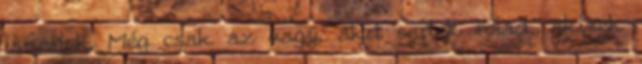
ismerlek. Még csak az vagy, akit sejtek rólad, akinek